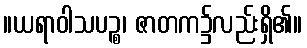
။ယရာဝါသပဉ္စ၊ ဇာတက၌လည်းရှိ၏။